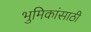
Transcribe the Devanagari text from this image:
भुमिकांसाठी